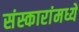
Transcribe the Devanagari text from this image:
संस्कारांमध्ये